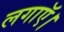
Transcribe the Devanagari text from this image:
लगाऍ।